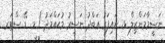
ނަސީމާމަންޒިލް ޅ. ނައިފަރު ޢަބްދު ނަސީރު މުޙައްމަދު / މ. ޑޭ ސްޓަރ